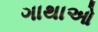
ગાથાઓ